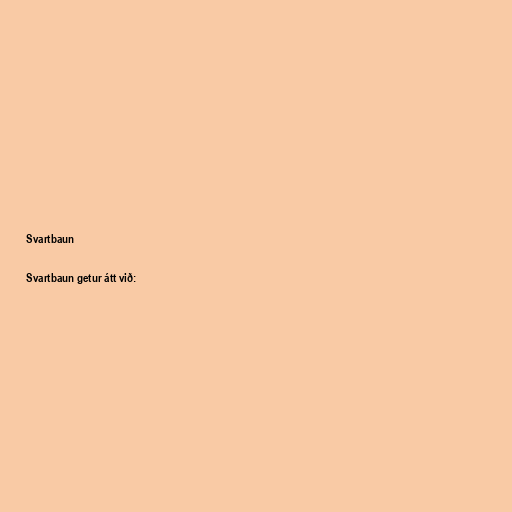
Svartbaun

Svartbaun getur átt við: